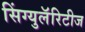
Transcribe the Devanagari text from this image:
सिंग्युलॅरिटीज